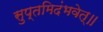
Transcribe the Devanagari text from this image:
सुप्तमिदंभवेत्॥